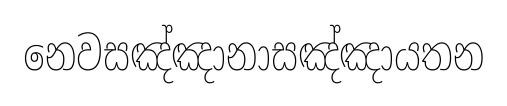
නෙවසඤ්ඤානාසඤ්ඤායතන